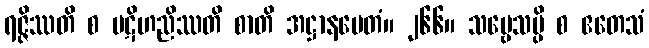
ရဇ္ဇိဿတိ စ ပဋိဟညိဿတိ စာတိ အဋ္ဌာနမေတံ။ ၂၆၆။ သဗ္ဗေသမ္ပိ စ ဧတေသံ